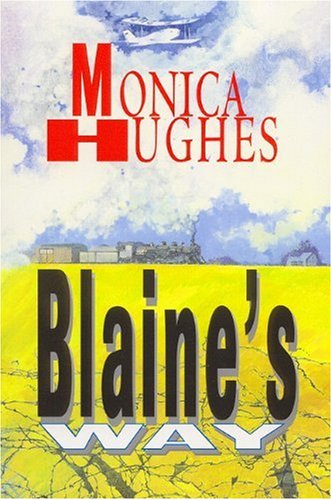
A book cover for Blaine's Way; Monica Hughes; Teen & Young Adult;